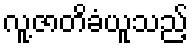
လူ့ဇာတိခံယူသည့်